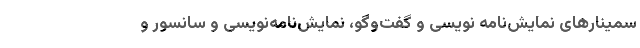
سمینارهای نمایش‌نامه نویسی و گفت‌وگو، نمایش‌نامه‌نویسی و سانسور و